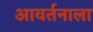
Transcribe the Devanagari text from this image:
आवर्तनाला